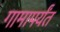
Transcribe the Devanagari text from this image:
गामापर्यंत